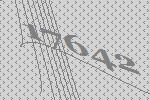
17642